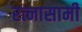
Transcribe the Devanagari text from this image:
रत्नासामी